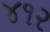
૪૧૨